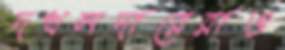
দখলদারেরাও